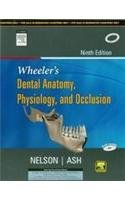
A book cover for Wheeler's Dental Anatomy, Physiology and Occlusion 9th Edition; a; Medical Books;